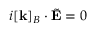
i [ \mathbf { k } ] _ { B } \cdot \tilde { \mathbf { E } } = 0